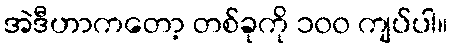
အဲဒီဟာကတော့ တစ်ခုကို ၁၀၀ ကျပ်ပါ။